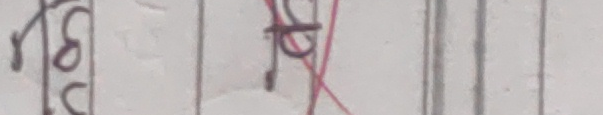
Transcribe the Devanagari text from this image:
न४ फ